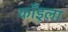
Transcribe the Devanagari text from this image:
काँइला